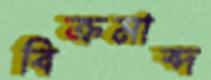
বিক্রমাব্দ